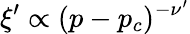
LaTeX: \xi^{\prime}\propto(p-p_{c})^{-\nu^{\prime}}